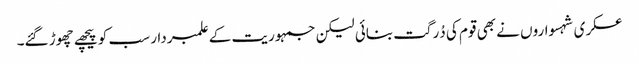
عسکری شہسواروں نے بھی قوم کی دُرگت بنائی لیکن جمہوریت کے علمبردار سب کو پیچھے چھوڑ گئے۔